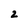
Character: 2